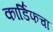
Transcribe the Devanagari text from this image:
कार्डिफचा